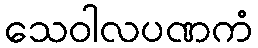
သေဝါလပဏကံ